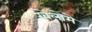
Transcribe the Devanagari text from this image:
खेलोमे